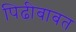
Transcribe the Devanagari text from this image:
पिढीबाबत